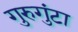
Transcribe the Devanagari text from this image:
गुरुगुंटा